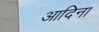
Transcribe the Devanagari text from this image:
आदिना